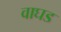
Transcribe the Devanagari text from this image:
वाघड